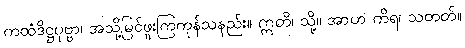
ကထံဒိဋ္ဌပုဗ္ဗာ၊ အသို့မြင်ဖူးကြကုန်သနည်း။ ဣတိ၊ သို့။ အာဟ ကိရ၊ သတတ်။